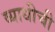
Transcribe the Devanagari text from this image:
व्याधीची